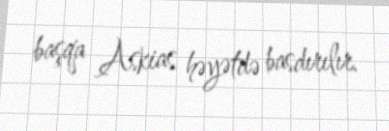
başqa Askias həyətdə basdırılır.